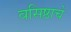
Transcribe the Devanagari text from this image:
वसिष्ठाचे